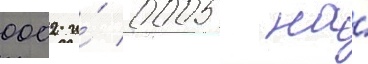
0002 и́ 0005 на́